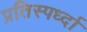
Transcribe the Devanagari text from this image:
प्रतिस्पर्ध्दा